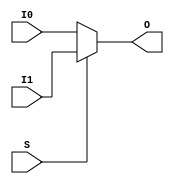
module MUXF8 (O, I0, I1, S);


`ifdef XIL_TIMING

    parameter LOC = "UNPLACED";

`endif

    
    output O;
    input I0, I1, S;
    
    reg O_out;

    always @(I0 or I1 or S) 
        if (S)
	    O_out = I1;
	else
	    O_out = I0;
    
    assign O = O_out;
    
`ifdef XIL_TIMING

    specify
                                                                                 
        (I0 => O) = (0:0:0, 0:0:0);
        (I1 => O) = (0:0:0, 0:0:0);
	(S => O) = (0:0:0, 0:0:0);
        specparam PATHPULSE$ = 0;
                                                                                 
    endspecify

`endif
    
endmodule